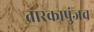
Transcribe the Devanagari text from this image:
तारकापुंजच